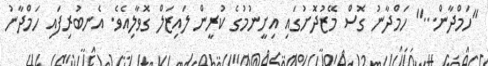
"ހަމްދާން..." ހަމްދާނު ގޮސް މޭޒުދޮށުގައި އިށީނުމުގެ ކުރީން ލައިޒަލް ގޮވާލިއެވެ. އެނބުރިފައި ހަމްދާނު